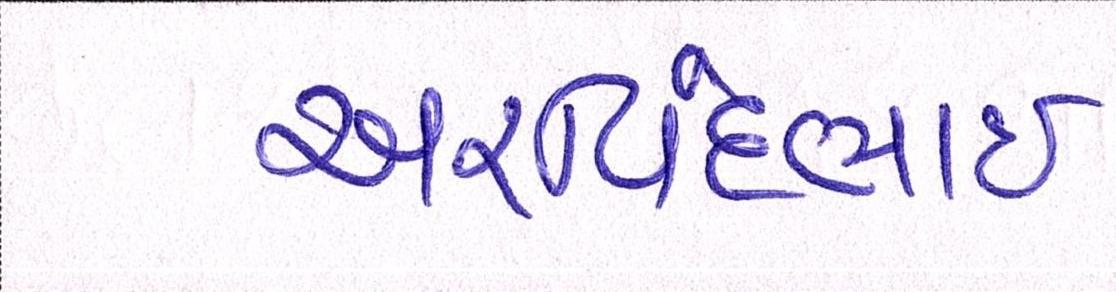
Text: અરવિંદભાઇ